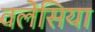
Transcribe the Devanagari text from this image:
वलेंसिया